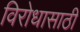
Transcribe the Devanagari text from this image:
विरोधासाठी